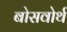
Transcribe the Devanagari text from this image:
बोसवोर्थ